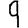
Digit: 9